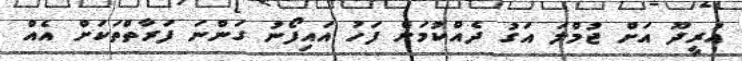
އުރީދޫ އަށް ޖުމްލަ އަގު ދެއްކުމަށް ފަހު އައިފޯނު ގަންނަ ފަރާތްތަކަށް އެއް